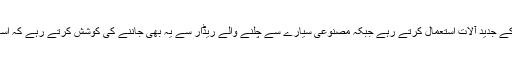
اس دوران وہ گھر کے اندر موجود افراد کی آوازسننے کے لیے مختلف نوعیت کے جدید آلات استعمال کرتے رہے جبکہ مصنوعی سیارے سے چلنے والے ریڈار سے یہ بھی جاننے کی کوشش کرتے رہے کہ اُسامہ کی پناہ گاہ میں فرار کے لیے کوئی خفیہ سرنگ تو گھر میں نہیں بنائی گی۔